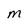
Character: M